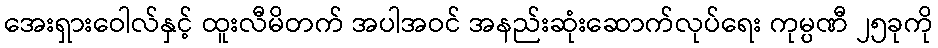
အေးရှားဝေါလ်နှင့် ထူးလီမိတက် အပါအဝင် အနည်းဆုံးဆောက်လုပ်ရေး ကုမ္ပဏီ ၂၅ခုကို